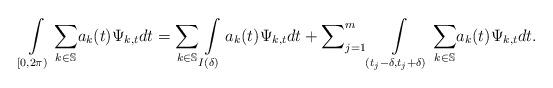
LaTeX: \begin{align*}\int\limits_{\lbrack0,2\pi)}{\displaystyle\sum\limits_{k\in\mathbb{S}}}a_{k}(t)\Psi_{k,t}dt=\sum_{k\in\mathbb{S}}\int\limits_{I(\delta)}a_{k}(t)\Psi_{k,t}dt+{\displaystyle\sum\nolimits_{j=1}^{m}}\int\limits_{(t_{j}-\delta,t_{j}+\delta)}{\displaystyle\sum\limits_{k\in\mathbb{S}}}a_{k}(t)\Psi_{k,t}dt.\end{align*}